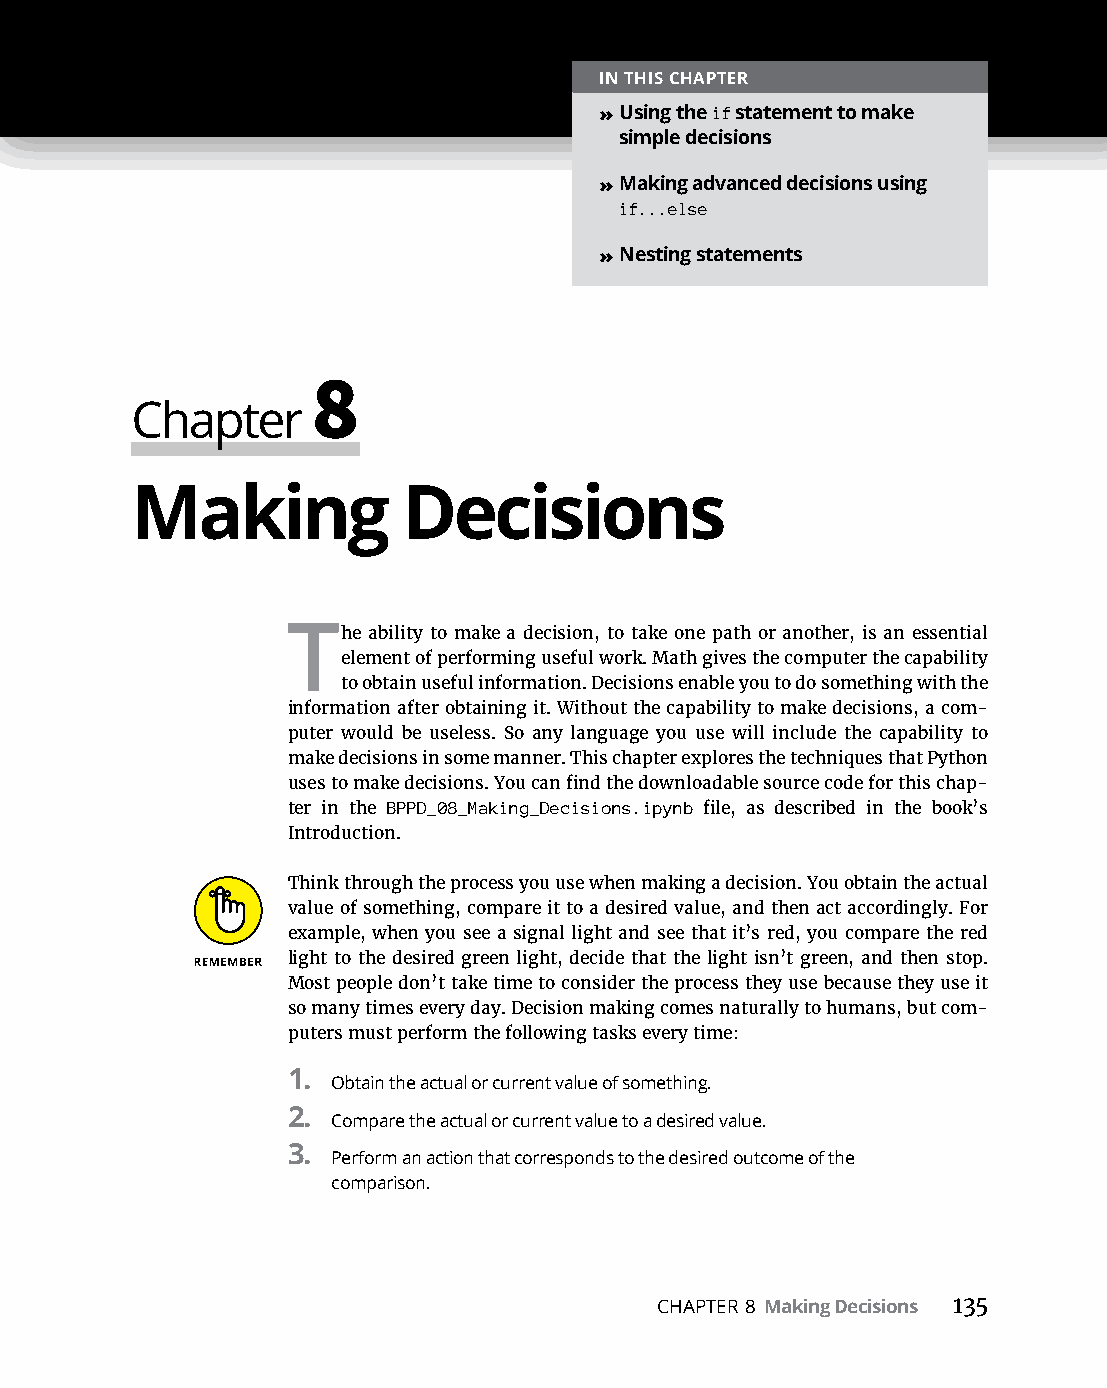
IN THIS CHAPTER
 » Using the if statement to make
 simple decisions
 » Making advanced decisions using
 if...else
 » Nesting statements
 8
 Chapter
 Making            Decisions
 The  ability to make a decision, to take one path or another, is an essential
 element of performing useful work. Math gives the computer the capability
 to obtain useful information. Decisions enable you to do something with the
 information after obtaining it. Without the capability to make decisions, a com-
 puter would be useless. So any language you use will include the capability to
 make decisions in some manner. This chapter explores the techniques that Python
 uses to make decisions. You can find the downloadable source code for this chap-
 ter in the BPPD_08_Making_Decisions.ipynb file, as described in the book’s
 Introduction.
 Think through the process you use when making a decision. You obtain the actual
 value of something, compare it to a desired value, and then act accordingly. For
 example, when you see a signal light and see that it’s red, you compare the red
 light to the desired green light, decide that the light isn’t green, and then stop.
 Most people don’t take time to consider the process they use because they use it
 so many times every day. Decision making comes naturally to humans, but com-
 puters must perform the following tasks every time:
 1.
 Obtain the actual or current value of something.
 2.
 Compare the actual or current value to a desired value.
 3.
 Perform an action that corresponds to the desired outcome of the
 comparison.
 CHAPTER 8 Making Decisions 135